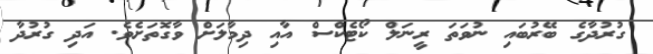
ގުރުދާގެ ބޭރުބައި ނުވަތަ ރީނަލް ކޯޓެކްސް އާއި ދިމާލަށް ވާގޮތަށެވެ. އަދި ގުރުދާ